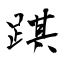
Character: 踑